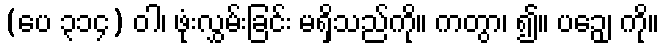
(ပေ ၃၁၄) ဝါ၊ ဖုံးလွှမ်းခြင်း မရှိသည်ကို။ ကတွာ၊ ၍။ ပဉှေ၊ ကို။